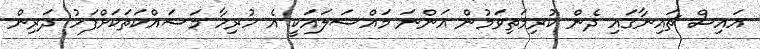
އައިސް ޗައިނާގައި ދެން ކުރިމަތިވަމުން އަންނަ މައްސަލައަކީ އެ ހުރިހާ މަސައްކަތަކަށްފަހު ދަރިން